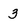
Character: 3